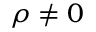
\rho \neq 0